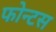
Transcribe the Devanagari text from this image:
फोन्टस